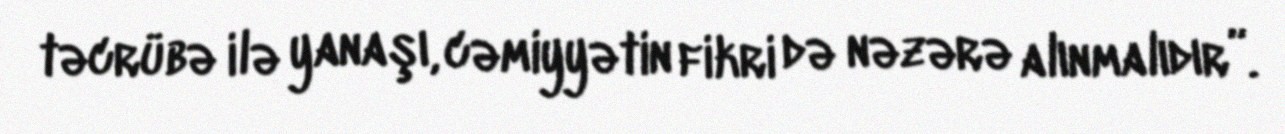
təcrübə ilə yanaşı, cəmiyyətin fikri də nəzərə alınmalıdır”.